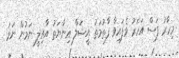
މިހާރު ފަސް އަހަރު ވެފައިވާ ފާތުމަތު އީޝަލް އިނާޔަތު އާއިލީ ނަމުން ނަމަ